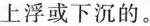
上浮或下沉的。